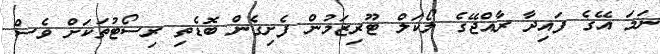
ނަމަ އޭގެ ފައިދާ ރާއްޖޭގެ ލޯކަލް ޓޫރިޒަމުން ފެށިގެން ބޮޑެތި ރިސޯޓުތަކަށް ވެސް